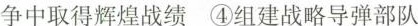
争中取得辉煌战绩 ④组建战略导弹部队